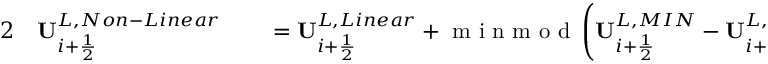
\begin{array} { r l r l } { { 2 } } & { { } \mathbf { U } _ { i + \frac { 1 } { 2 } } ^ { L , N o n - L i n e a r } } & { } & { { } = \mathbf { U } _ { i + \frac { 1 } { 2 } } ^ { L , L i n e a r } + \mathrm { ~ m ~ i ~ n ~ m ~ o ~ d ~ } \left( \mathbf { U } _ { i + \frac { 1 } { 2 } } ^ { L , M I N } - \mathbf { U } _ { i + \frac { 1 } { 2 } } ^ { L , L i n e a r } , \mathbf { U } _ { i + \frac { 1 } { 2 } } ^ { L , M A X } - \mathbf { U } _ { i + \frac { 1 } { 2 } } ^ { L , L i n e a r } \right) , } \end{array}